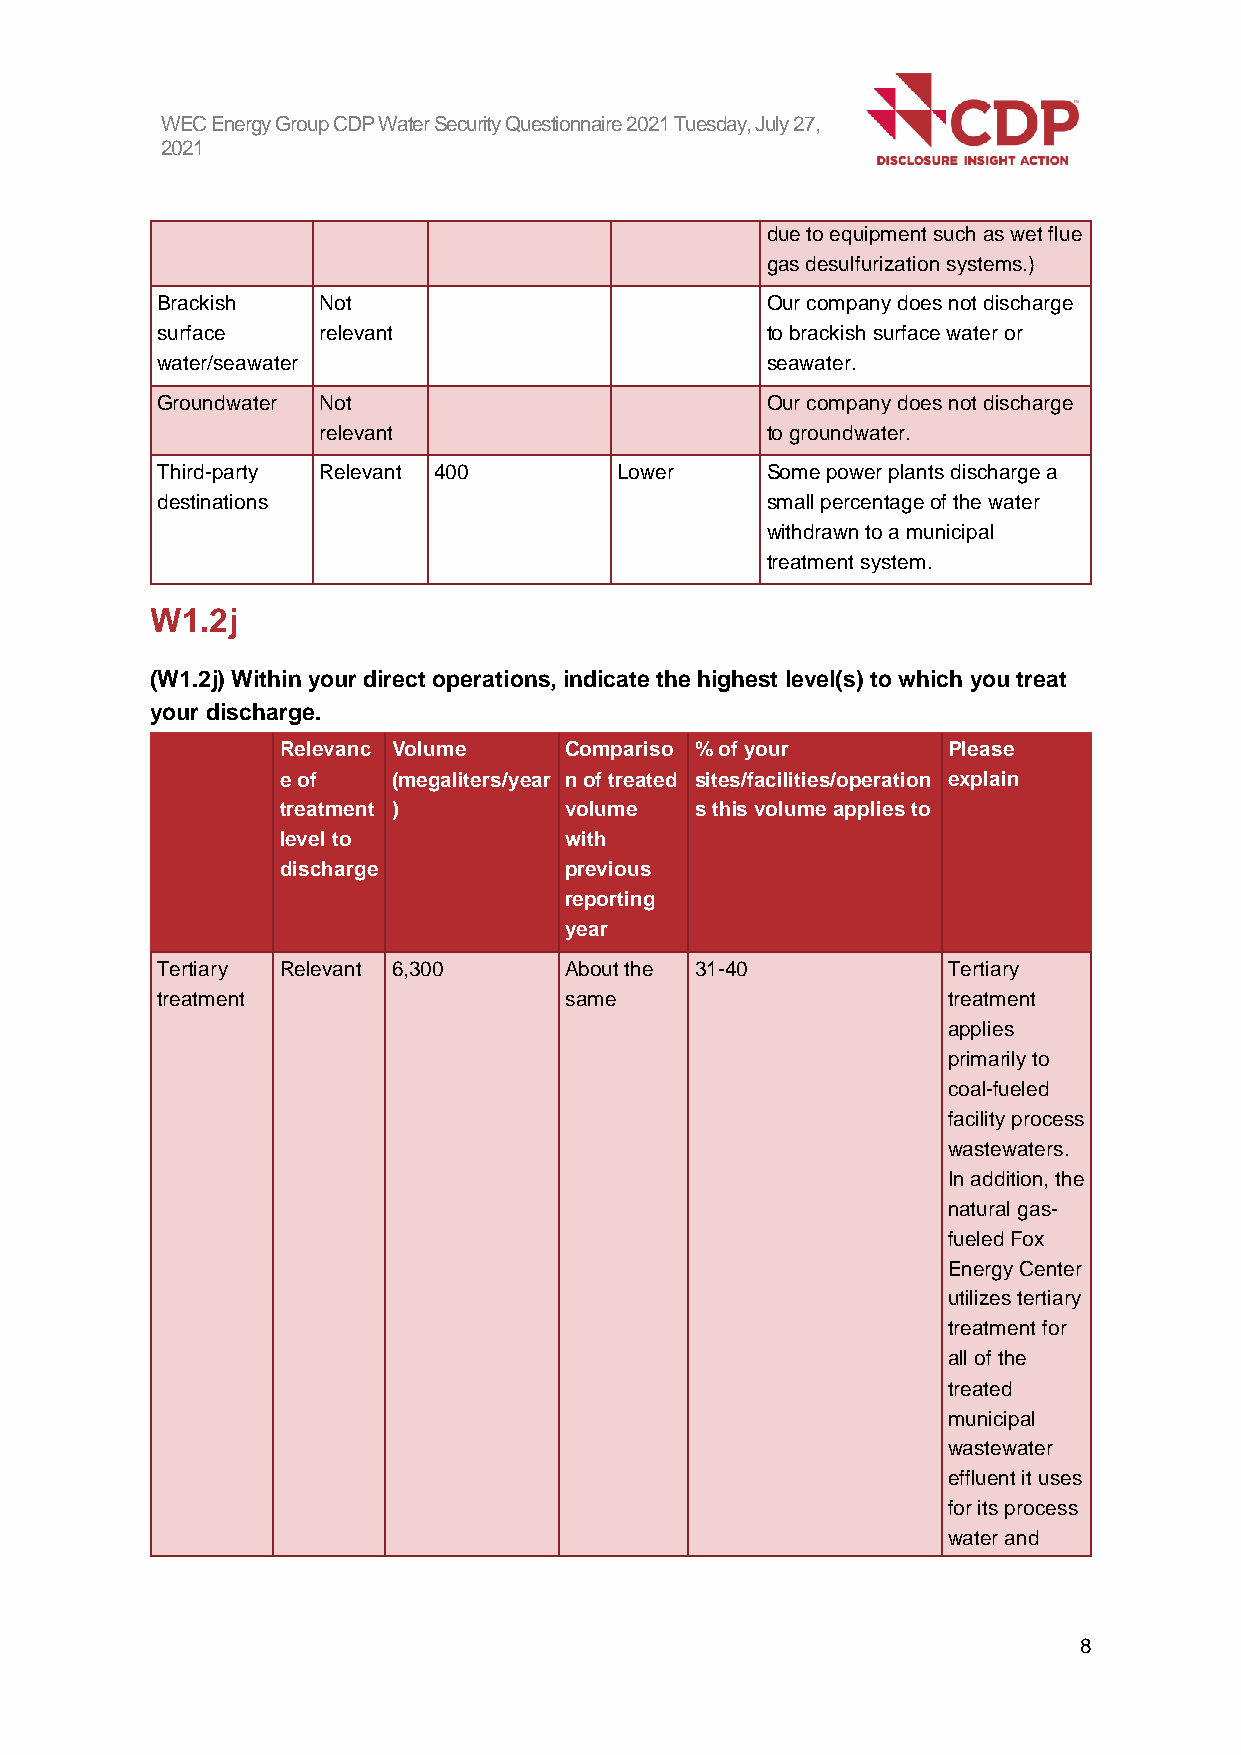
WEC Energy Group CDP Water Security Questionnaire 2021 Tuesday, July 27,
 2021
 due to equipment such as wet flue
 gas desulfurization systems.)
 Brackish   Not                           Our company does not discharge
 surface    relevant                      to brackish surface water or
 water/seawater                           seawater.
 Groundwater Not                          Our company does not discharge
 relevant                      to groundwater.
 Third-party Relevant 400       Lower     Some power plants discharge a
 destinations                             small percentage of the water
 withdrawn to a municipal
 treatment system.
 W1.2j
 (W1.2j) Within your direct operations, indicate the highest level(s) to which you treat
 your discharge.
 Relevanc Volume   Compariso % of your       Please
 e of   (megaliters/year n of treated sites/facilities/operation explain
 treatment )       volume   s this volume applies to
 level to          with
 discharge         previous
 reporting
 year
 Tertiary Relevant 6,300    About the 31-40           Tertiary
 treatment                  same                      treatment
 applies
 primarily to
 coal-fueled
 facility process
 wastewaters.
 In addition, the
 natural gas-
 fueled Fox
 Energy Center
 utilizes tertiary
 treatment for
 all of the
 treated
 municipal
 wastewater
 effluent it uses
 for its process
 water and
 8